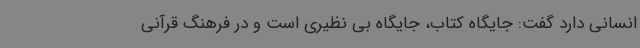
انسانی دارد گفت: جایگاه کتاب، جایگاه بی نظیری است و در فرهنگ قرآنی